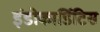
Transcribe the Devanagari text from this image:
इंडोकार्डिटिस